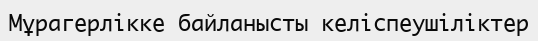
Мұрагерлікке байланысты келіспеушіліктер